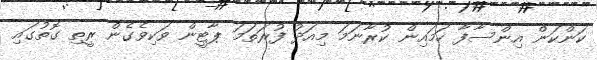
ކަންކަން އިންސާފާ ހަމައިން ކުރާނަމަ މިއަދު ފުރަތަމަ ޕާޓީން ވަކިވެގެން ރީތި ގޮތުގައި